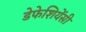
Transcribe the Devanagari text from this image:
डेफेशियेंसी